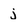
Character: j